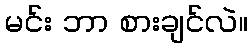
မင်း ဘာ စားချင်လဲ။